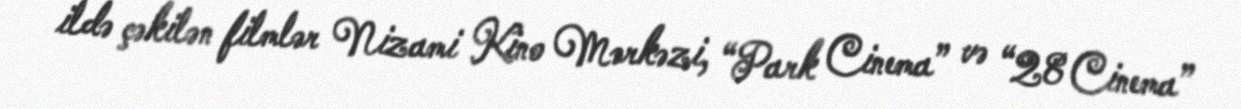
ildə çəkilən filmlər Nizami Kino Mərkəzi, “Park Cinema” və “28 Cinema”